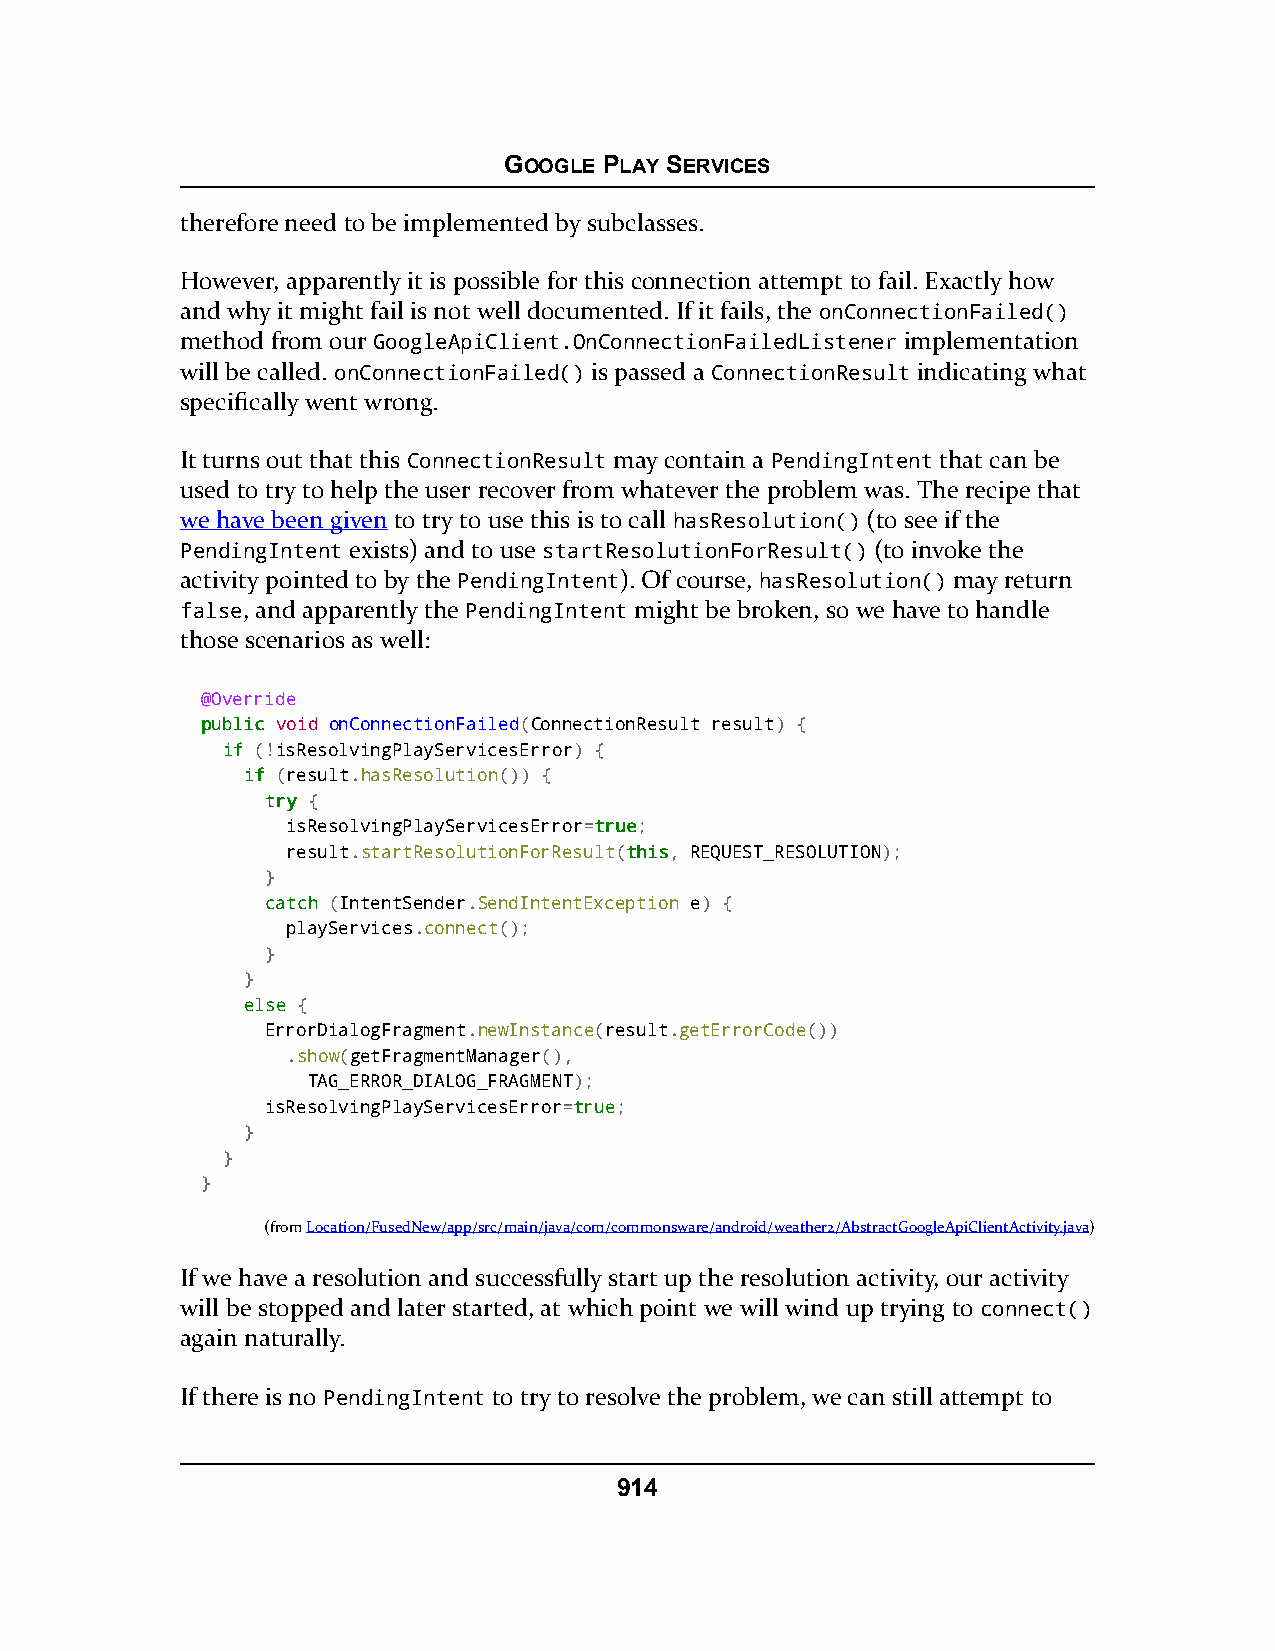
GOOGLE PLAY SERVICES
 therefore need to be implemented by subclasses.
 However, apparently it is possible for this connection attempt to fail. Exactly how
 and why it might fail is not well documented. If it fails, the onConnectionFailed()
 method from our GoogleApiClient.OnConnectionFailedListener implementation
 will be called. onConnectionFailed() is passed a ConnectionResult indicating what
 specifically went wrong.
 It turns out that this ConnectionResult may contain a PendingIntent that can be
 used to try to help the user recover from whatever the problem was. The recipe that
 we have been given to try to use this is to call hasResolution() (to see if the
 PendingIntent exists) and to use startResolutionForResult() (to invoke the
 activity pointed to by the PendingIntent). Of course, hasResolution() may return
 false, and apparently the PendingIntent might be broken, so we have to handle
 those scenarios as well:
 @Override
 ppuubblliicc void onConnectionFailed(ConnectionResult result) {
 iiff (!isResolvingPlayServicesError) {
 iiff (result.hasResolution()) {
 ttrryy {
 isResolvingPlayServicesError=ttrruuee;
 result.startResolutionForResult(tthhiiss, REQUEST_RESOLUTION);
 }
 ccaattcchh (IntentSender.SendIntentException e) {
 playServices.connect();
 }
 }
 eellssee {
 ErrorDialogFragment.newInstance(result.getErrorCode())
 .show(getFragmentManager(),
 TAG_ERROR_DIALOG_FRAGMENT);
 isResolvingPlayServicesError=ttrruuee;
 }
 }
 }
 (fromLocation/FusedNew/app/src/main/java/com/commonsware/android/weather2/AbstractGoogleApiClientActivity.java)
 If we have a resolution and successfully start up the resolution activity, our activity
 will be stopped and later started, at which point we will wind up trying to connect()
 again naturally.
 If there is no PendingIntent to try to resolve the problem, we can still attempt to
 914